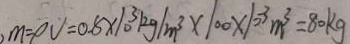
m = \varphi V = 0 . 8 \times 1 0 ^ { 3 } k g / m ^ { 3 } \times 1 0 0 \times 1 0 ^ { - 3 } m ^ { 3 } = 8 0 k g